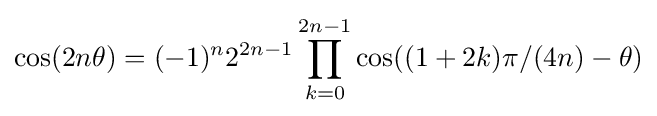
\cos(2n\theta )=(-1)^{n}2^{2n-1}\prod _{k=0}^{2n-1}\cos((1+2k)\pi /(4n)-\theta )